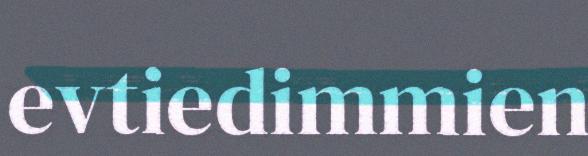
evtiedimmien